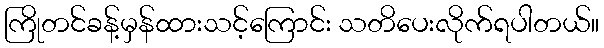
ကြိုတင်ခန့်မှန်ထားသင့်ကြောင်း သတိပေးလိုက်ရပါတယ်။